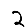
Digit: 2